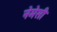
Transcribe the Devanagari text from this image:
नेमेसी